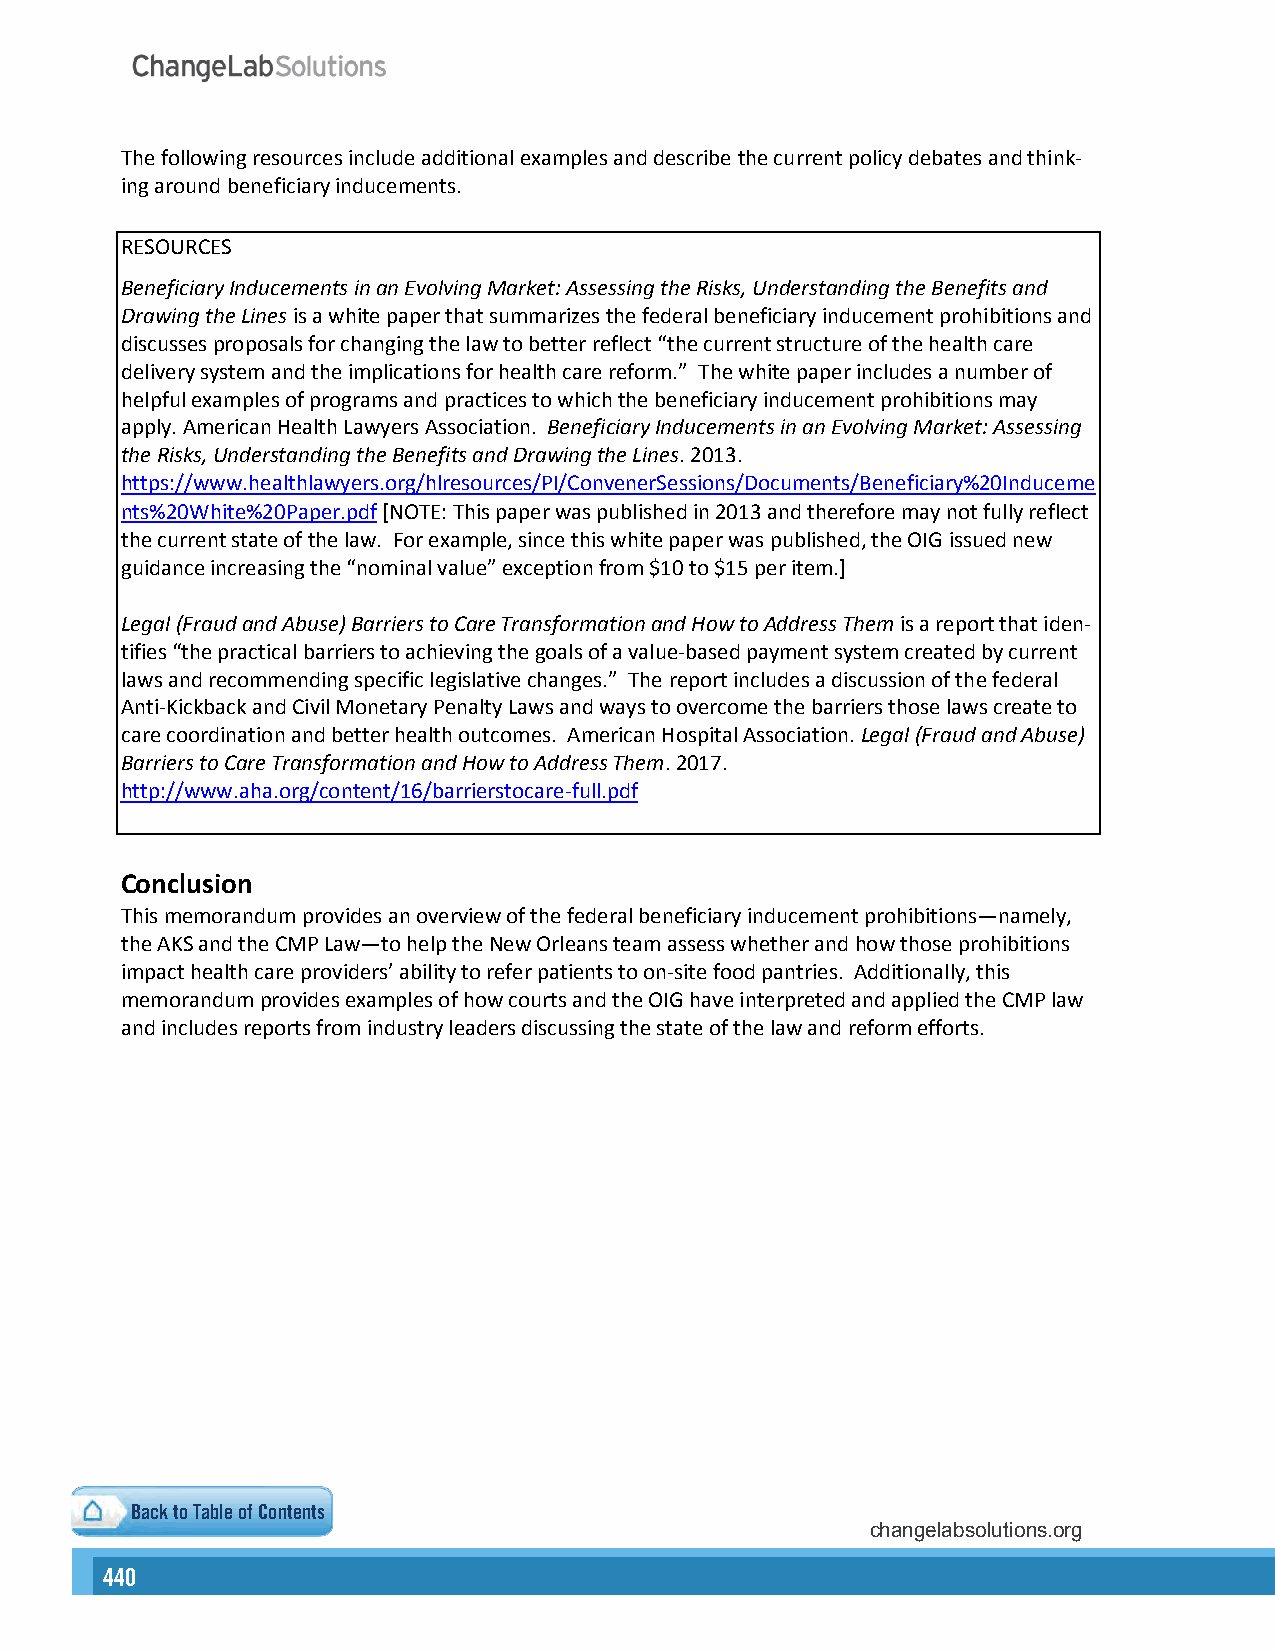
The following resources include additional examples and describe the current policy debates and think-
 ing around beneficiary inducements.
 RESOURCES
 Beneficiary Inducements in an Evolving Market: Assessing the Risks, Understanding the Benefits and
 Drawing the Lines is a white paper that summarizes the federal beneficiary inducement prohibitions and
 discusses proposals for changing the law to better reflect “the current structure of the health care
 delivery system and the implications for health care reform.” The white paper includes a number of
 helpful examples of programs and practices to which the beneficiary inducement prohibitions may
 apply. American Health Lawyers Association. Beneficiary Inducements in an Evolving Market: Assessing
 the Risks, Understanding the Benefits and Drawing the Lines. 2013.
 https://www.healthlawyers.org/hlresources/PI/ConvenerSessions/Documents/Beneficiary%20Induceme
 nts%20White%20Paper.pdf [NOTE: This paper was published in 2013 and therefore may not fully reflect
 the current state of the law. For example, since this white paper was published, the OIG issued new
 guidance increasing the “nominal value” exception from $10 to $15 per item.]
 Legal (Fraud and Abuse) Barriers to Care Transformation and How to Address Them is a report that iden-
 tifies “the practical barriers to achieving the goals of a value-based payment system created by current
 laws and recommending specific legislative changes.” The report includes a discussion of the federal
 Anti-Kickback and Civil Monetary Penalty Laws and ways to overcome the barriers those laws create to
 care coordination and better health outcomes. American Hospital Association. Legal (Fraud and Abuse)
 Barriers to Care Transformation and How to Address Them. 2017.
 http://www.aha.org/content/16/barrierstocare-full.pdf
 Conclusion
 This memorandum provides an overview of the federal beneficiary inducement prohibitions—namely,
 the AKS and the CMP Law—to help the New Orleans team assess whether and how those prohibitions
 impact health care providers’ ability to refer patients to on-site food pantries. Additionally, this
 memorandum provides examples of how courts and the OIG have interpreted and applied the CMP law
 and includes reports from industry leaders discussing the state of the law and reform efforts.
 Back to Table of Contents
 changelabsolutions.org
 440                                                                                                                                                      441